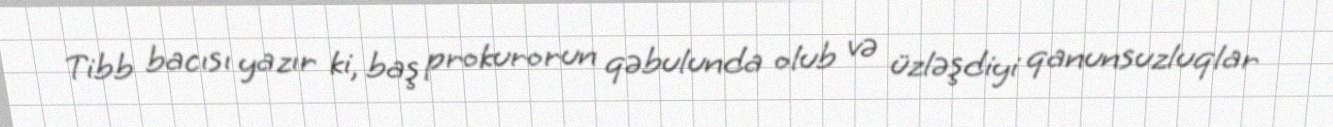
Tibb bacısı yazır ki, baş prokurorun qəbulunda olub və üzləşdiyi qanunsuzluqlar